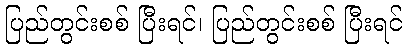
ပြည်တွင်းစစ် ပြီးရင်၊ ပြည်တွင်းစစ် ပြီးရင်